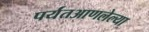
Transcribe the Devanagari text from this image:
पर्यंतआणलेल्या